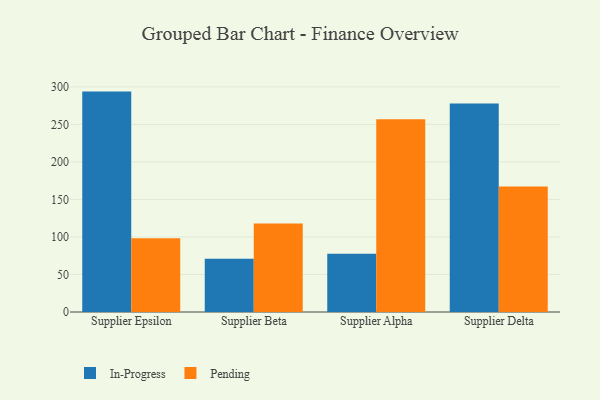
{"axis": {"x": "Supplier", "y": "LTV (USD)"}, "legend": ["In-Progress", "Pending"], "data": [{"x": "Supplier Epsilon", "y": 293.7, "type": "In-Progress"}, {"x": "Supplier Epsilon", "y": 98.2, "type": "Pending"}, {"x": "Supplier Beta", "y": 70.8, "type": "In-Progress"}, {"x": "Supplier Beta", "y": 117.8, "type": "Pending"}, {"x": "Supplier Alpha", "y": 77.7, "type": "In-Progress"}, {"x": "Supplier Alpha", "y": 256.8, "type": "Pending"}, {"x": "Supplier Delta", "y": 277.9, "type": "In-Progress"}, {"x": "Supplier Delta", "y": 167.2, "type": "Pending"}]}